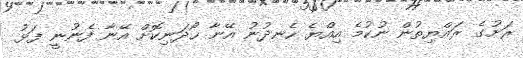
ރަށުގެ ރައްޔިތުން ނުކުމެ އިއްޔެ ހެނދުނު އޭނާ ހޯދަނިކޮށް އޭނާ ފެނުނީ ފަޅު